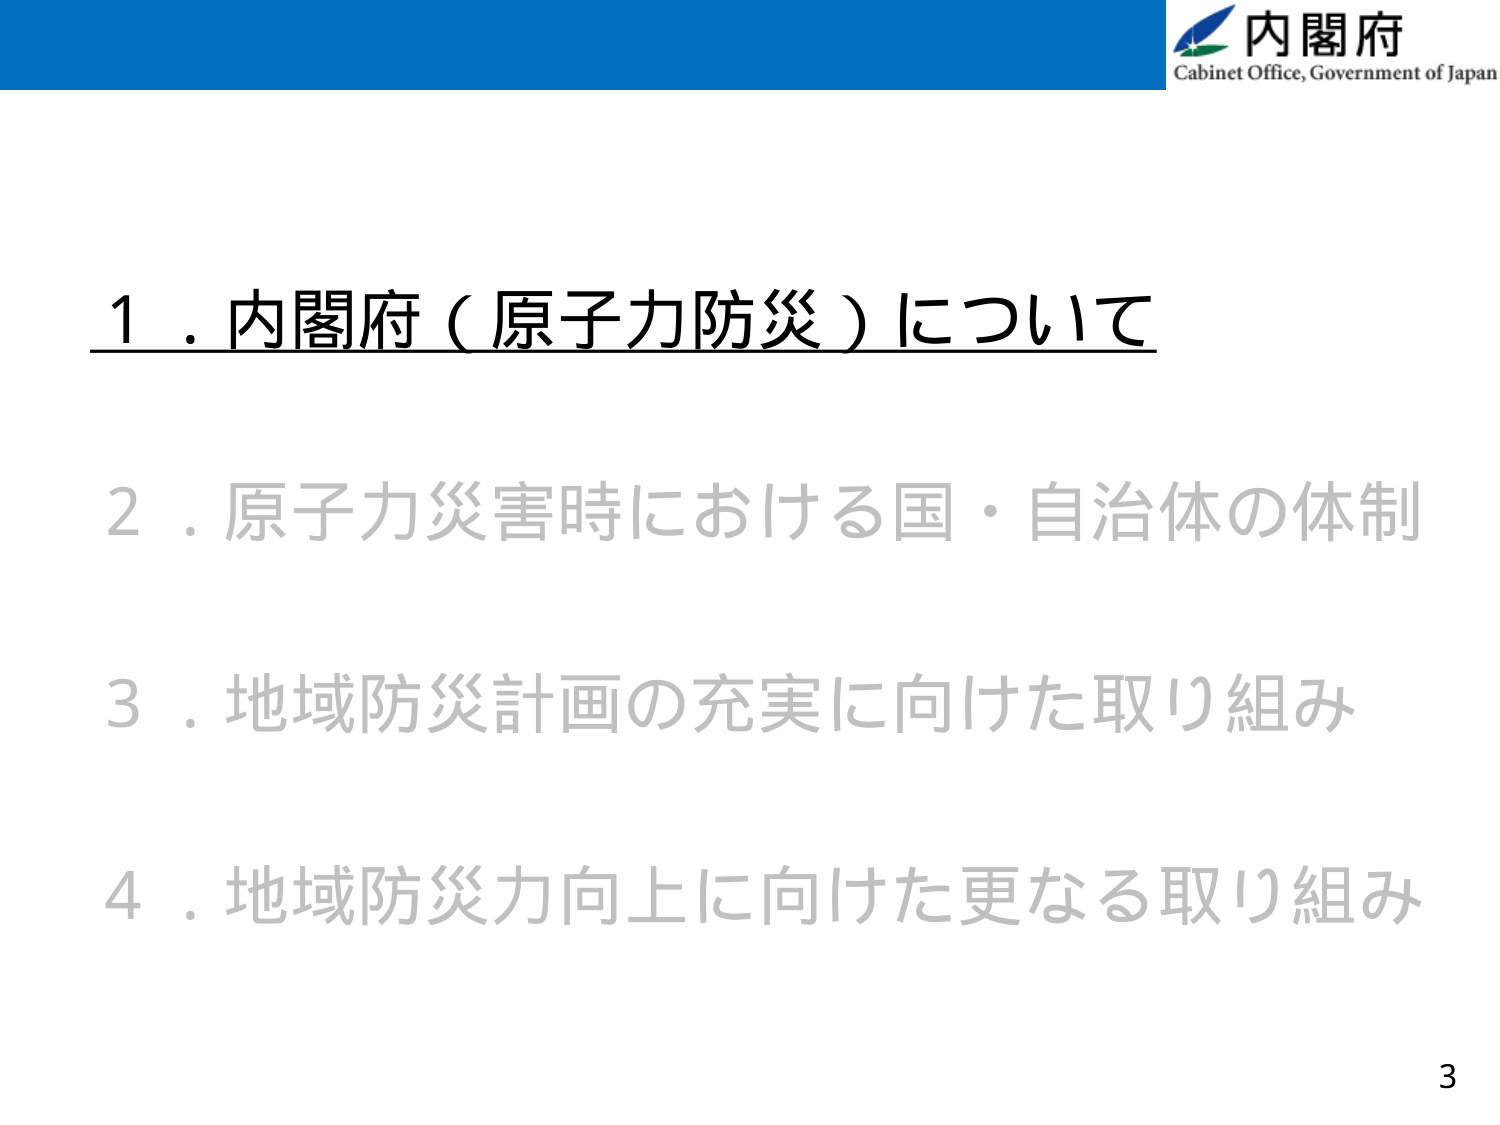
内閣府
Cabinet Office, Government of Japan

１．内閣府（原子力防災）について
２．原子力災害時における国・自治体の体制
３．地域防災計画の充実に向けた取り組み
４．地域防災力向上に向けた更なる取り組み

3